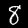
Digit: 8